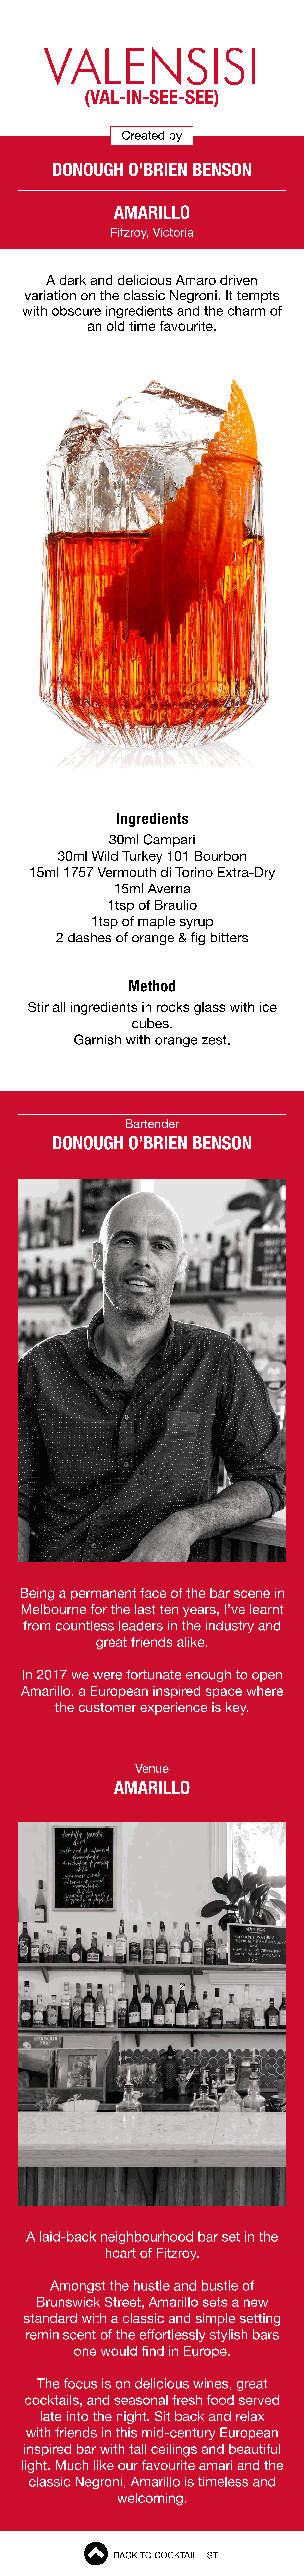
VALENSISI
 (VAL-IN-SEE-SEE)
 Created      by
 DONOUGH              O’BRIEN          BENSON
 AMARILLO
 Fitzroy,   Victoria
 A   dark    and     delicious      Amaro       driven
 variation      on   the   classic      Negroni.       It tempts
 with    obscure       ingredients         and    the   charm       of
 an   old   time    favourite.
 Ingredients
 30ml      Campari
 30ml     Wild    Turkey      101    Bourbon
 15ml     1757     Vermouth         di  Torino      Extra-Dry
 15ml     Averna
 1tsp    of   Braulio
 1tsp    of  maple      syrup
 2  dashes       of   orange      &   fig  bitters
 Method
 Stir   all  ingredients        in  rocks     glass     with    ice
 cubes.
 Garnish       with    orange      zest.
 Bartender
 DONOUGH              O’BRIEN          BENSON
 Being      a  permanent          face    of  the    bar   scene      in
 Melbourne         for   the   last   ten   years,     I’ve   learnt
 from     countless        leaders      in  the   industry       and
 great    friends      alike.
 In  2017     we    were     fortunate       enough        to  open
 Amarillo,      a  European         inspired      space      where
 the   customer         experience         is  key.
 Venue
 AMARILLO
 A   laid-back       neighbourhood             bar    set   in  the
 heart     of  Fitzroy.
 Amongst         the   hustle     and    bustle     of
 Brunswick         Street,     Amarillo       sets    a  new
 standard        with    a  classic     and     simple      setting
 reminiscent         of  the    effortlessly       stylish    bars
 one    would      find   in  Europe.
 The    focus     is  on   delicious       wines,      great
 cocktails,      and     seasonal        fresh    food    served
 late   into   the   night.     Sit  back     and     relax
 with    friends     in  this   mid-century          European
 inspired      bar    with    tall  ceilings     and     beautiful
 light.   Much      like   our   favourite       amari     and    the
 classic     Negroni,       Amarillo       is timeless       and
 welcoming.
 BACK   TO  COCKTAIL    LIST